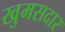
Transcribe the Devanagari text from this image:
खुमसदार